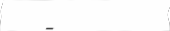
-